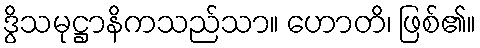
ဒွိသမုဋ္ဌာနိကသည်သာ။ ဟောတိ၊ ဖြစ်၏။